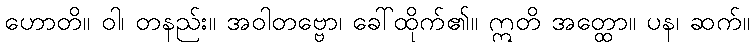
ဟောတိ။ ဝါ၊ တနည်း။ အဝါတဗ္ဗော၊ ခေါ်ထိုက်၏။ ဣတိ အတ္ထော။ ပန၊ ဆက်။